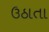
ઉઠાતા